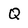
Character: Q